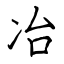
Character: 冶